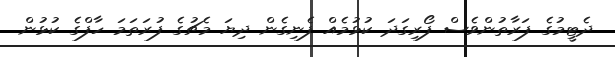
ދެޓީމުގެ ފަރާތުންވެސް ފޯރިގަދަ ކުޅުމެއް ފެނިގެން ދިޔަ މެޗުގެ ފުރަތަމަ ހާފްގެ ކުޅުން